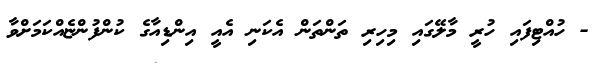
- ހުއްޓިފައި ހުރީ މާލޭގައި މިހިރި ތަންތަން އެކަނި އެއީ އިންޑިއާގެ ކުންފުންޏެއްކަމަށްވާ